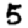
Digit: 5